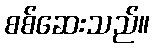
စစ်ဆေးသည်။